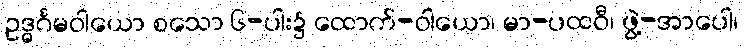
ဥဒ္ဓင်္ဂမဝါယော စသော ၆-ပါး၌ ထောက်-ဝါယော၊ မာ-ပထဝီ၊ ဖွဲ့-အာပေါ၊